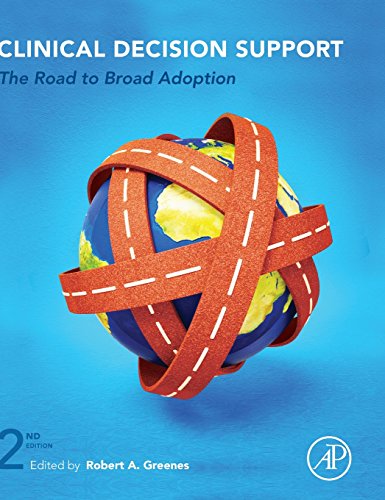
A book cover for Clinical Decision Support, Second Edition: The Road to Broad Adoption; Medical Books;